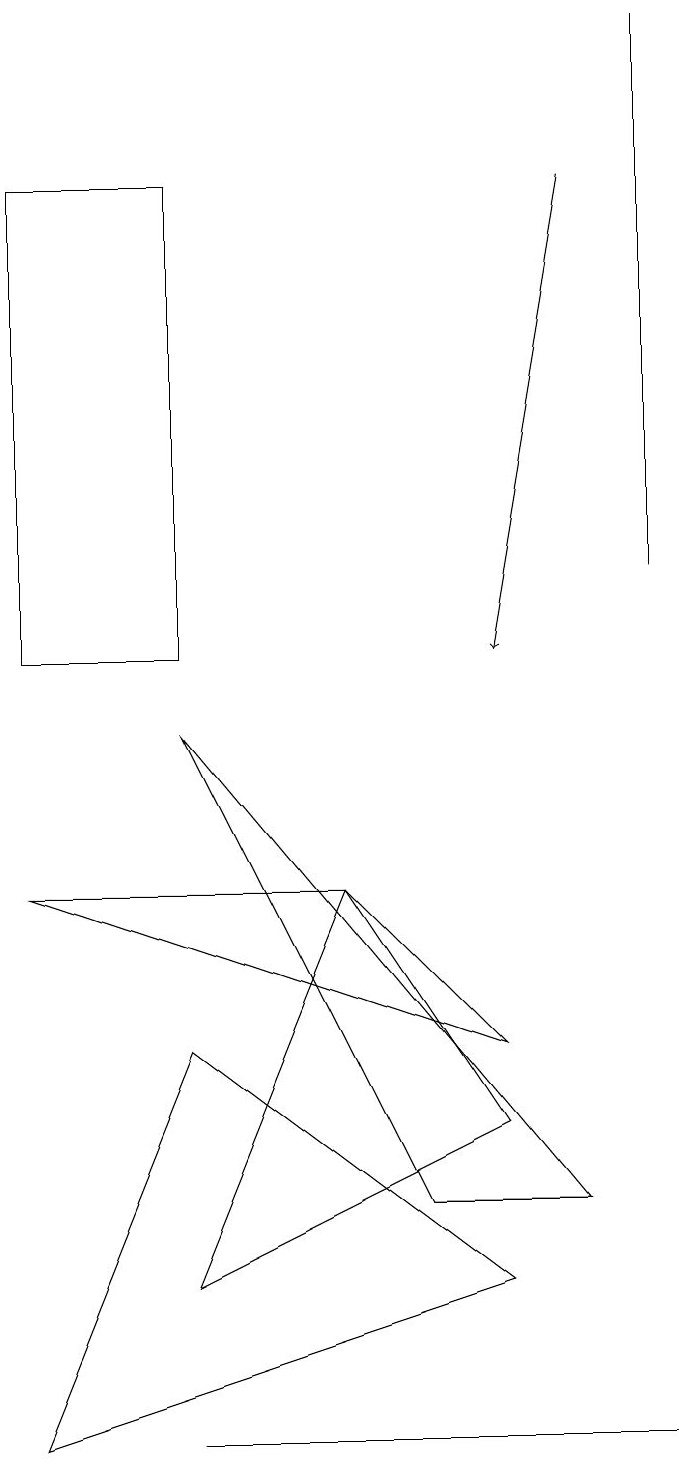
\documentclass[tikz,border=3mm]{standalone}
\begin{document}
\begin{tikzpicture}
\draw (5,0) -- (8,0) -- (2,0) -- cycle;
\draw[->] (7,16) -- (6,10);
\draw (6,2) -- (2,5) -- (0,0) -- cycle;
\draw (8,11) rectangle (8,18);
\draw (4,7) -- (0,7) -- (6,5) -- cycle;
\draw (4,7) -- (2,2) -- (6,4) -- cycle;
\draw (2,16) rectangle (0,10);
\draw (2,9) -- (5,3) -- (7,3) -- cycle;
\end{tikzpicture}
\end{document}